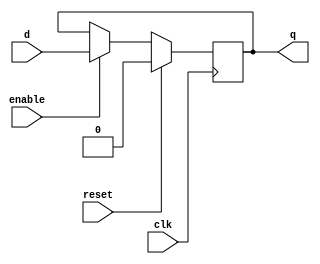
module dff_synchronous_reset (
    input wire clk,
    input wire reset,
    input wire enable,
    input wire d,
    output reg q
);

    always @(posedge clk) begin
        if (reset) begin
            q <= 0; // Reset the output to 0 when reset signal is activated
        end else begin
            if (enable) begin
                q <= d; // Update the output based on input signal when enable signal is high
            end
        end
    end

endmodule